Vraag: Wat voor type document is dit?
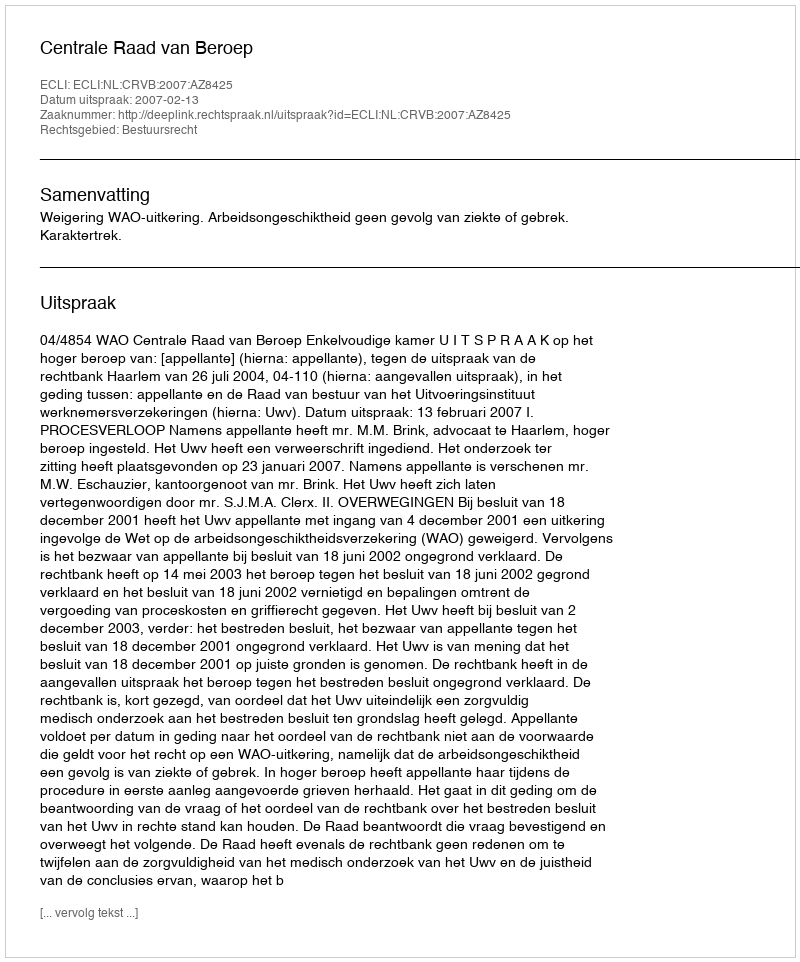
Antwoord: Uitspraak